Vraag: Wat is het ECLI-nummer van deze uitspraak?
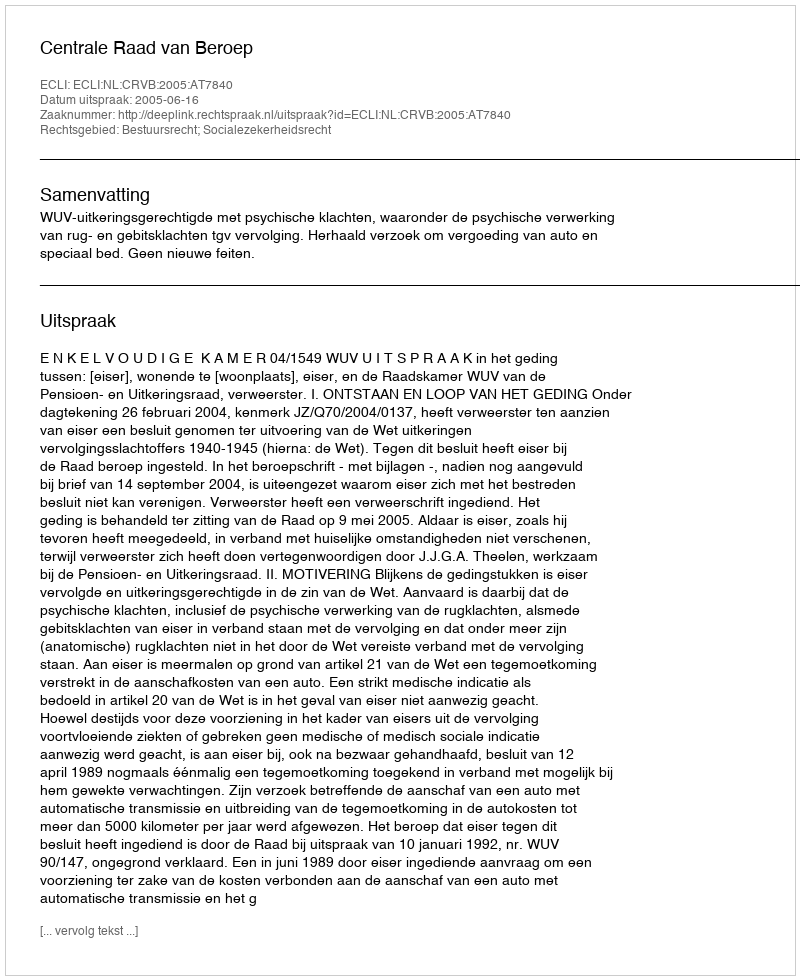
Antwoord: ECLI:NL:CRVB:2005:AT7840